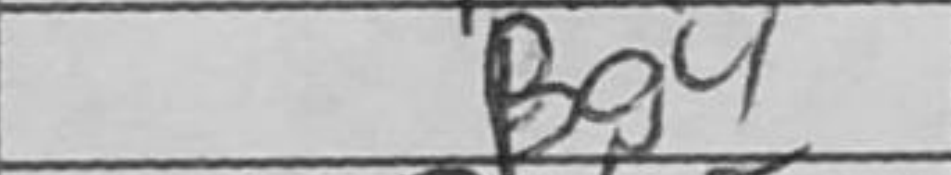
Transcription: Bg4